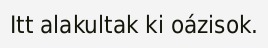
Itt alakultak ki oázisok.